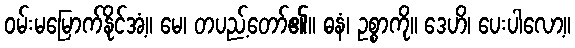
ဝမ်းမမြောက်နိုင်အံ့။ မေ၊ တပည့်တော်၏။ ဓနံ၊ ဥစ္စာကို။ ဒေဟိ၊ ပေးပါလော့။